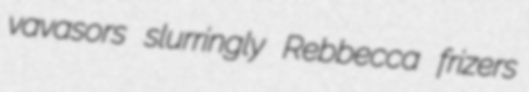
vavasors slurringly Rebbecca frizers